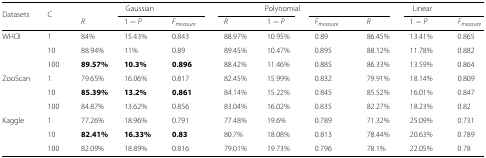
| Datasets | C | <COLSPAN=3> Gaussian | <COLSPAN=3> Polynomial | <COLSPAN=3> Linear |
 |  |  | R | 1−P | Fmeasure | R | 1−P | Fmeasure | R | 1−P | Fmeasure |
 | --- | --- | --- | --- | --- | --- | --- | --- | --- | --- | --- |
 | WHOI | 1 | 84% | 15.43% | 0.843 | 88.97% | 10.95% | 0.89 | 86.45% | 13.41% | 0.865 |
 |  | 10 | 88.94% | 11% | 0.89 | 89.45% | 10.47% | 0.895 | 88.12% | 11.78% | 0.882 |
 |  | 100 | 89.57% | 10.3% | 0.896 | 88.42% | 11.46% | 0.885 | 86.33% | 13.59% | 0.864 |
 | ZooScan | 1 | 79.65% | 16.06% | 0.817 | 82.45% | 15.99% | 0.832 | 79.91% | 18.14% | 0.809 |
 |  | 10 | 85.39% | 13.2% | 0.861 | 84.14% | 15.22% | 0.845 | 85.52% | 16.01% | 0.847 |
 |  | 100 | 84.87% | 13.62% | 0.856 | 83.04% | 16.02% | 0.835 | 82.27% | 18.23% | 0.82 |
 | Kaggle | 1 | 77.26% | 18.96% | 0.791 | 77.48% | 19.6% | 0.789 | 71.32% | 25.09% | 0.731 |
 |  | 10 | 82.41% | 16.33% | 0.83 | 80.7% | 18.08% | 0.813 | 78.44% | 20.63% | 0.789 |
 |  | 100 | 82.09% | 18.89% | 0.816 | 79.01% | 19.73% | 0.796 | 78.1% | 22.05% | 0.78 |